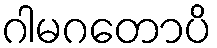
ဂါမဂတောပိ